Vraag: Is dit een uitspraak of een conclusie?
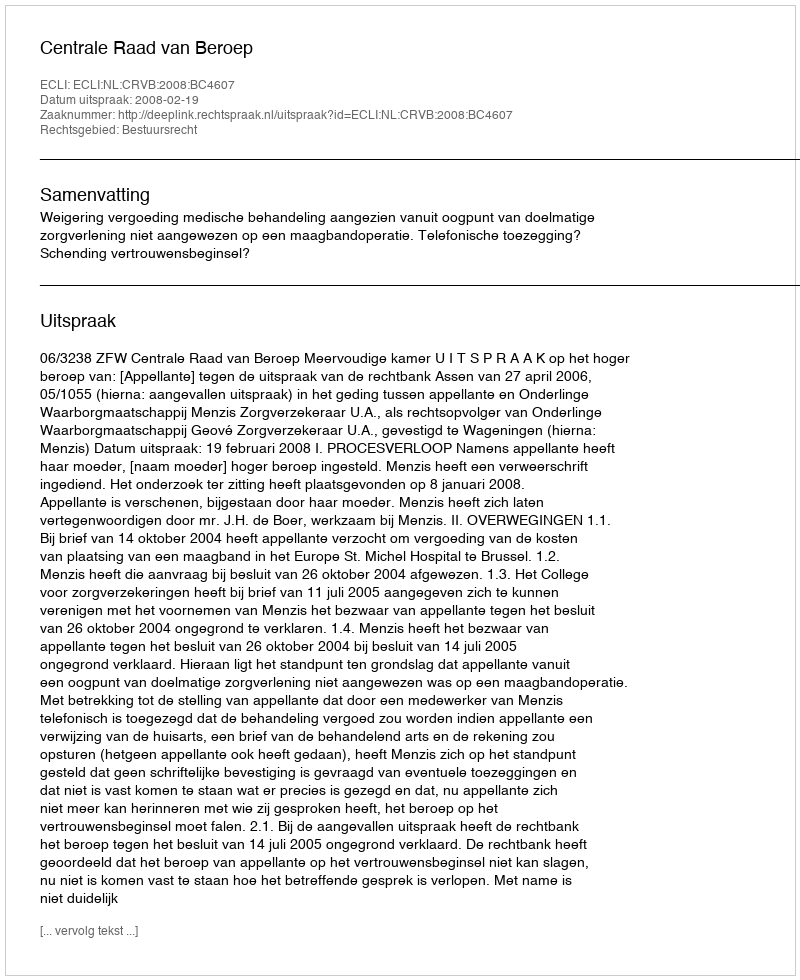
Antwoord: Uitspraak